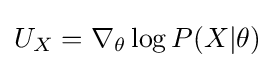
U_{X}=\nabla _{\theta }\log P(X|\theta )